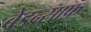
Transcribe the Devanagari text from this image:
बेइन्साफ़